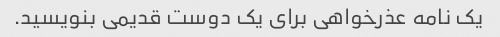
یک نامه عذرخواهی برای یک دوست قدیمی بنویسید.